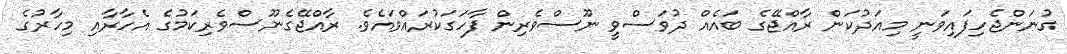
ގުނަންޖެހިފައިވަނީ މިއަދުކަން ރާއްޖޭގެ ބައެއް ދުވަސްވީ ނޫސްވެރިން ފާހަގަކުރައްވައެވެ. ރާއްޖޭގެނޫސްވެރިކަމުގެ އެހާރާއި މިހާރުގެ